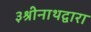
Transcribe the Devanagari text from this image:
३श्रीनाथद्वारा